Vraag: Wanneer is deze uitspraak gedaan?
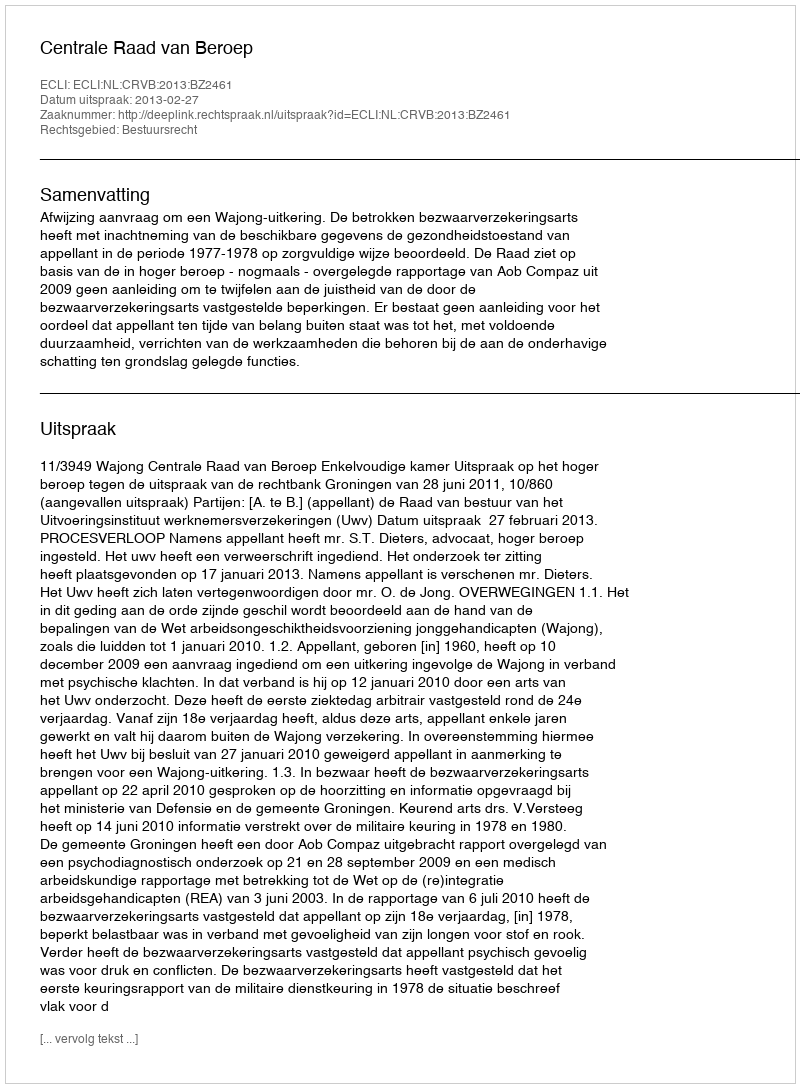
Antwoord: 2013-02-27